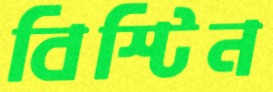
বিস্টিন